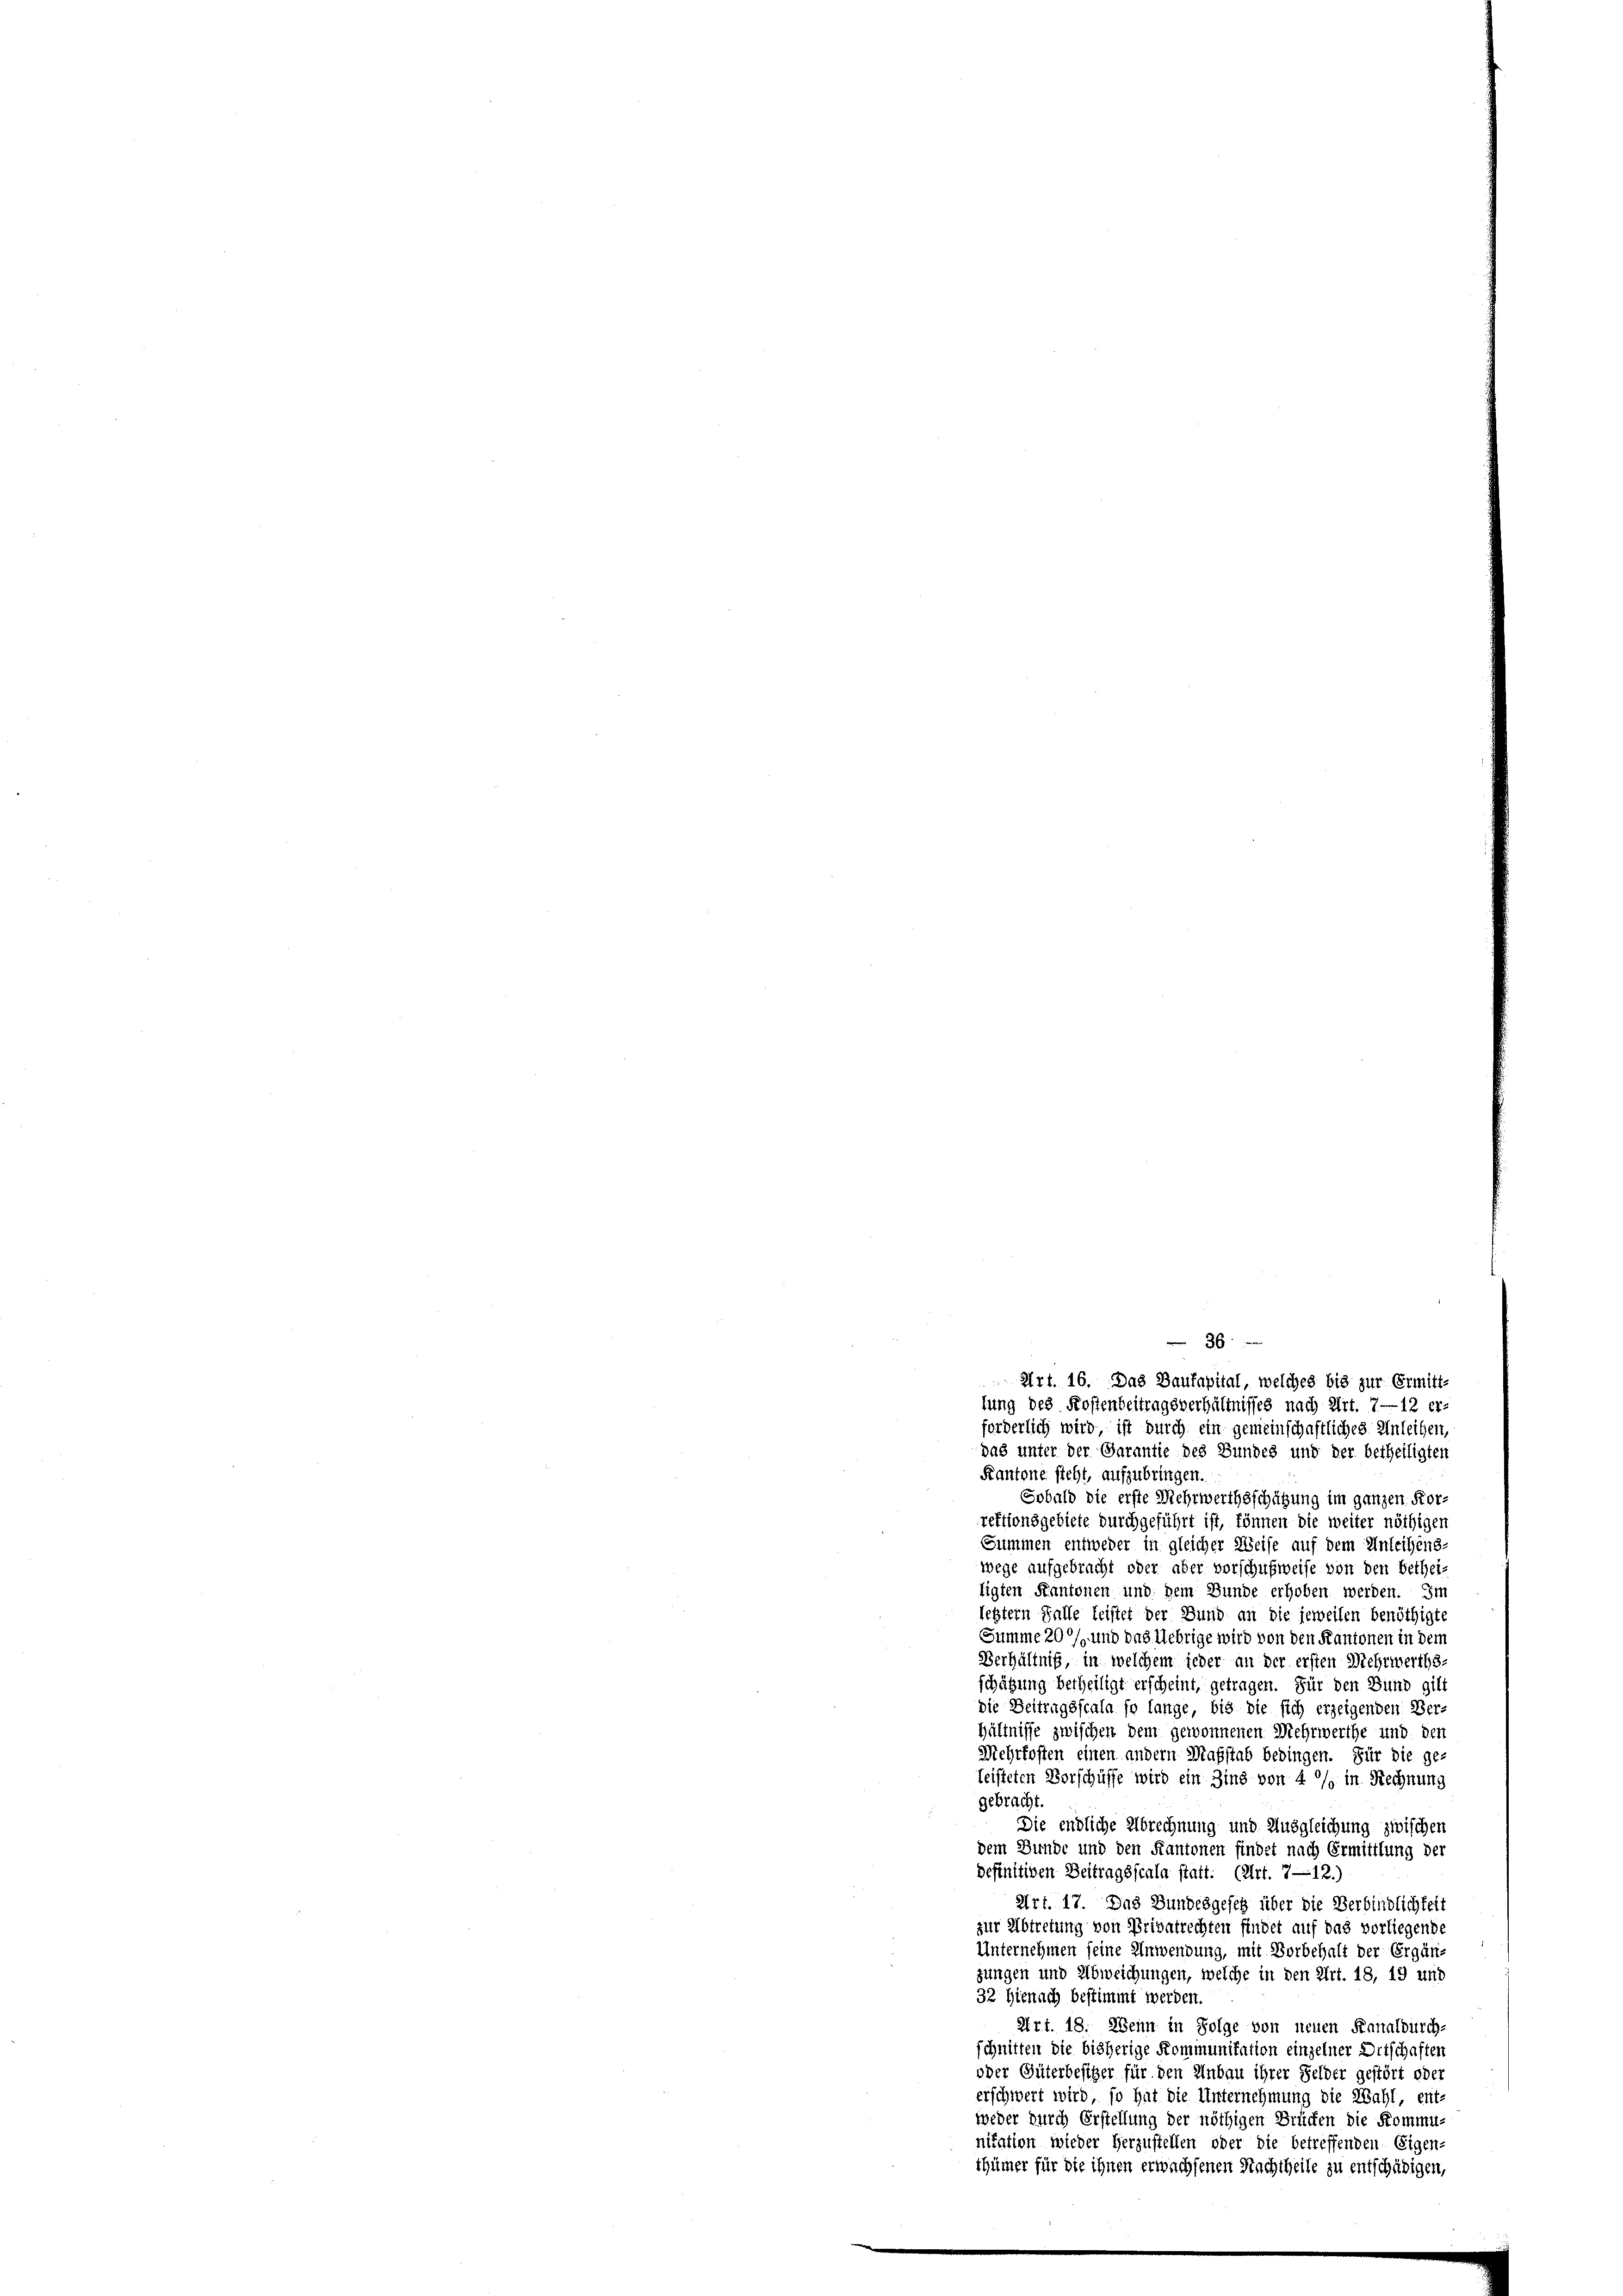
das unter der Garantie des Bundes und der betheiligten
Kantone steht, aufzubringen.
Sobald die erste Mehrwerthsschätzung im ganzen Kor-
rektionsgebiete durchgeführt ist, können die weiter nöthigen
Summen entweder in gleicher Weise auf dem Anleihens-
wege aufgebracht oder aber vorschufweise von den Betheiligten Kantonen und Dein Bunde erhoben werden. Im
letztern Falle leistet der Bund an die jeweilen benöthigte
Summe 20 % und das Uebrige wird von den Kantonen in dem
Verhältnis, in welchem jeder an der ersten Mehrwerths-
schätzung betheiligt erscheint, getragen. Für den Bund gilt
die Beitragsscala so lange, bis die sich erzeigenden Ver-
hältnisse zwischen dem gewonnenen Mehrwerthe und den
Mehrkosten einen andern Maßstab bedingen. Für die ge-
leisteten Vorschüffe wird ein Zins von 4 % in Rechnung
gebracht.
Die endliche Abrechnung und Ausgleichung zwischen
dem Bunde und den Kantonen findet nach Ermittlung der
definitiven Beitragsscala statt: (Art. 7—12.)
Art. 17. Das Bundesgesetz über die Verbindlichkeit
zur Abtretung von Privatrechten findet auf das vorliegende
Unternehmen seine Anwendung, mit Vorbehalt der Ergänjungen und Abweichungen, welche in den Art. 18, 19 und
32 Hienach bestimmt werden.
Art. 18. Wenn in Folge von neuen Fanalburch-
schnitten die bisherige Kommunitation einzelner Ortschaften
oder Güterbesitzer für den Anbau ihrer Felder gestört oder
erschwert wird, so hat die Unternehmung die Wahl, ent-
weder durch Erstellung der nöthigen Brücken die Kommu-
nitation wieder herzustellen oder die betreffenden Eigen-
thümer für die ihnen erwachsenen Nachtheile zu entschädigen,

36
Art. 16. Das Baufapital, welches bis zur Ermitt-
fung des Kostenbeitragsverhältnisses nach Art. 7—12 er-
forderlich wird, ist durch ein gemeinschaftliches Anleihen,